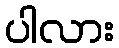
ပါလား